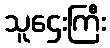
သူဌေးကြီး